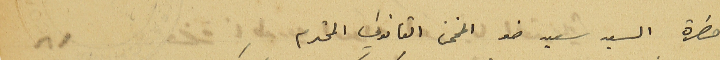
حضرة السيد سعيد ضو المخمن القانوني المحترم